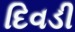
દિવડી